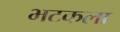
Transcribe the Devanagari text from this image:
भटकला